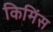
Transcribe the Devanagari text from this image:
किमिंस